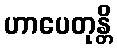
ဟာပေတုန္တိ